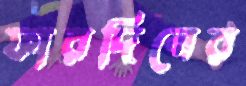
ফারদিনের